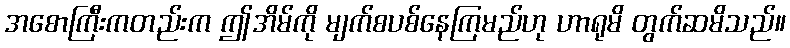
အစောကြီးကတည်းက ဤအိမ်ကို မျက်စပစ်နေကြမည်ဟု ဟာရုမိ တွက်ဆမိသည်။